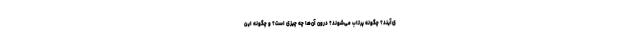
ی‌آیند؟ چگونه پرتاب می‌شوند؟ درون آن‌ها چه چیزی است؟ و چگونه این